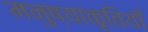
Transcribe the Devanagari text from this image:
मनुष्याकृतियाँ